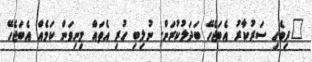
"ދިވެހި ސަރުކާރު އެބަޖެހޭ ބަދަލުކުރަން. ނުލިބި ހުރި އެތައް މިނިވަން ކަމެއް އެބަޖެހޭ